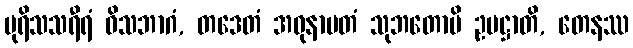
ပုရိသသရီရံ ဝိသဘာဂံ, တဒေတံ အဓုနာမတံ သုဘတောပိ ဥပဋ္ဌာတိ, တေနဿ